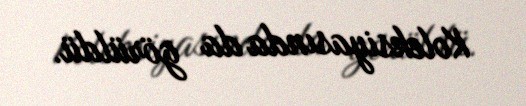
Koleksiyasında da görüldü.